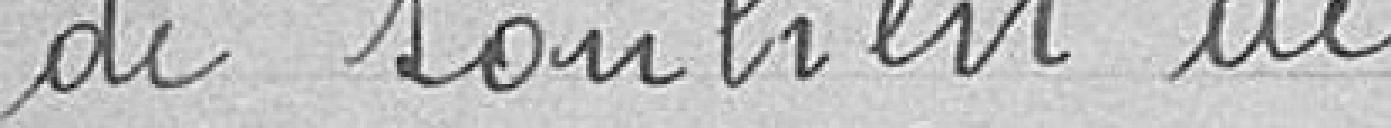
de soutien de